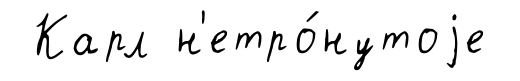
Карл н'етро́нутоjе